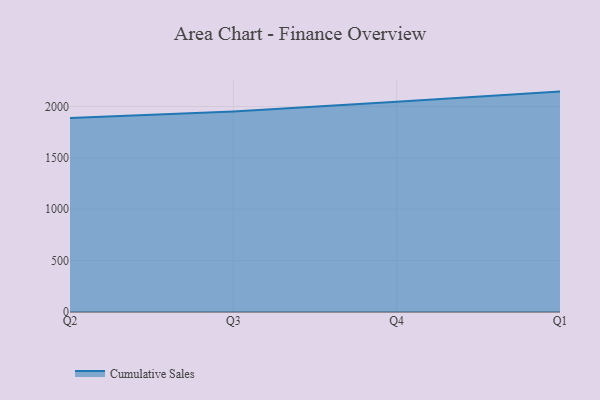
{"axis": {"x": "Quarter", "y": "Waste Production (Tons)"}, "legend": ["Cumulative Sales"], "data": [{"x": "Q2", "y": 1888.8, "type": "Cumulative Sales"}, {"x": "Q3", "y": 1951.2, "type": "Cumulative Sales"}, {"x": "Q4", "y": 2046.8, "type": "Cumulative Sales"}, {"x": "Q1", "y": 2144.8, "type": "Cumulative Sales"}]}